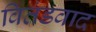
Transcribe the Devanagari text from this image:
वितंडवाद